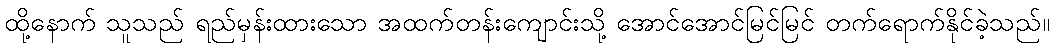
ထို့နောက် သူသည် ရည်မှန်းထားသော အထက်တန်းကျောင်းသို့ အောင်အောင်မြင်မြင် တက်ရောက်နိုင်ခဲ့သည်။